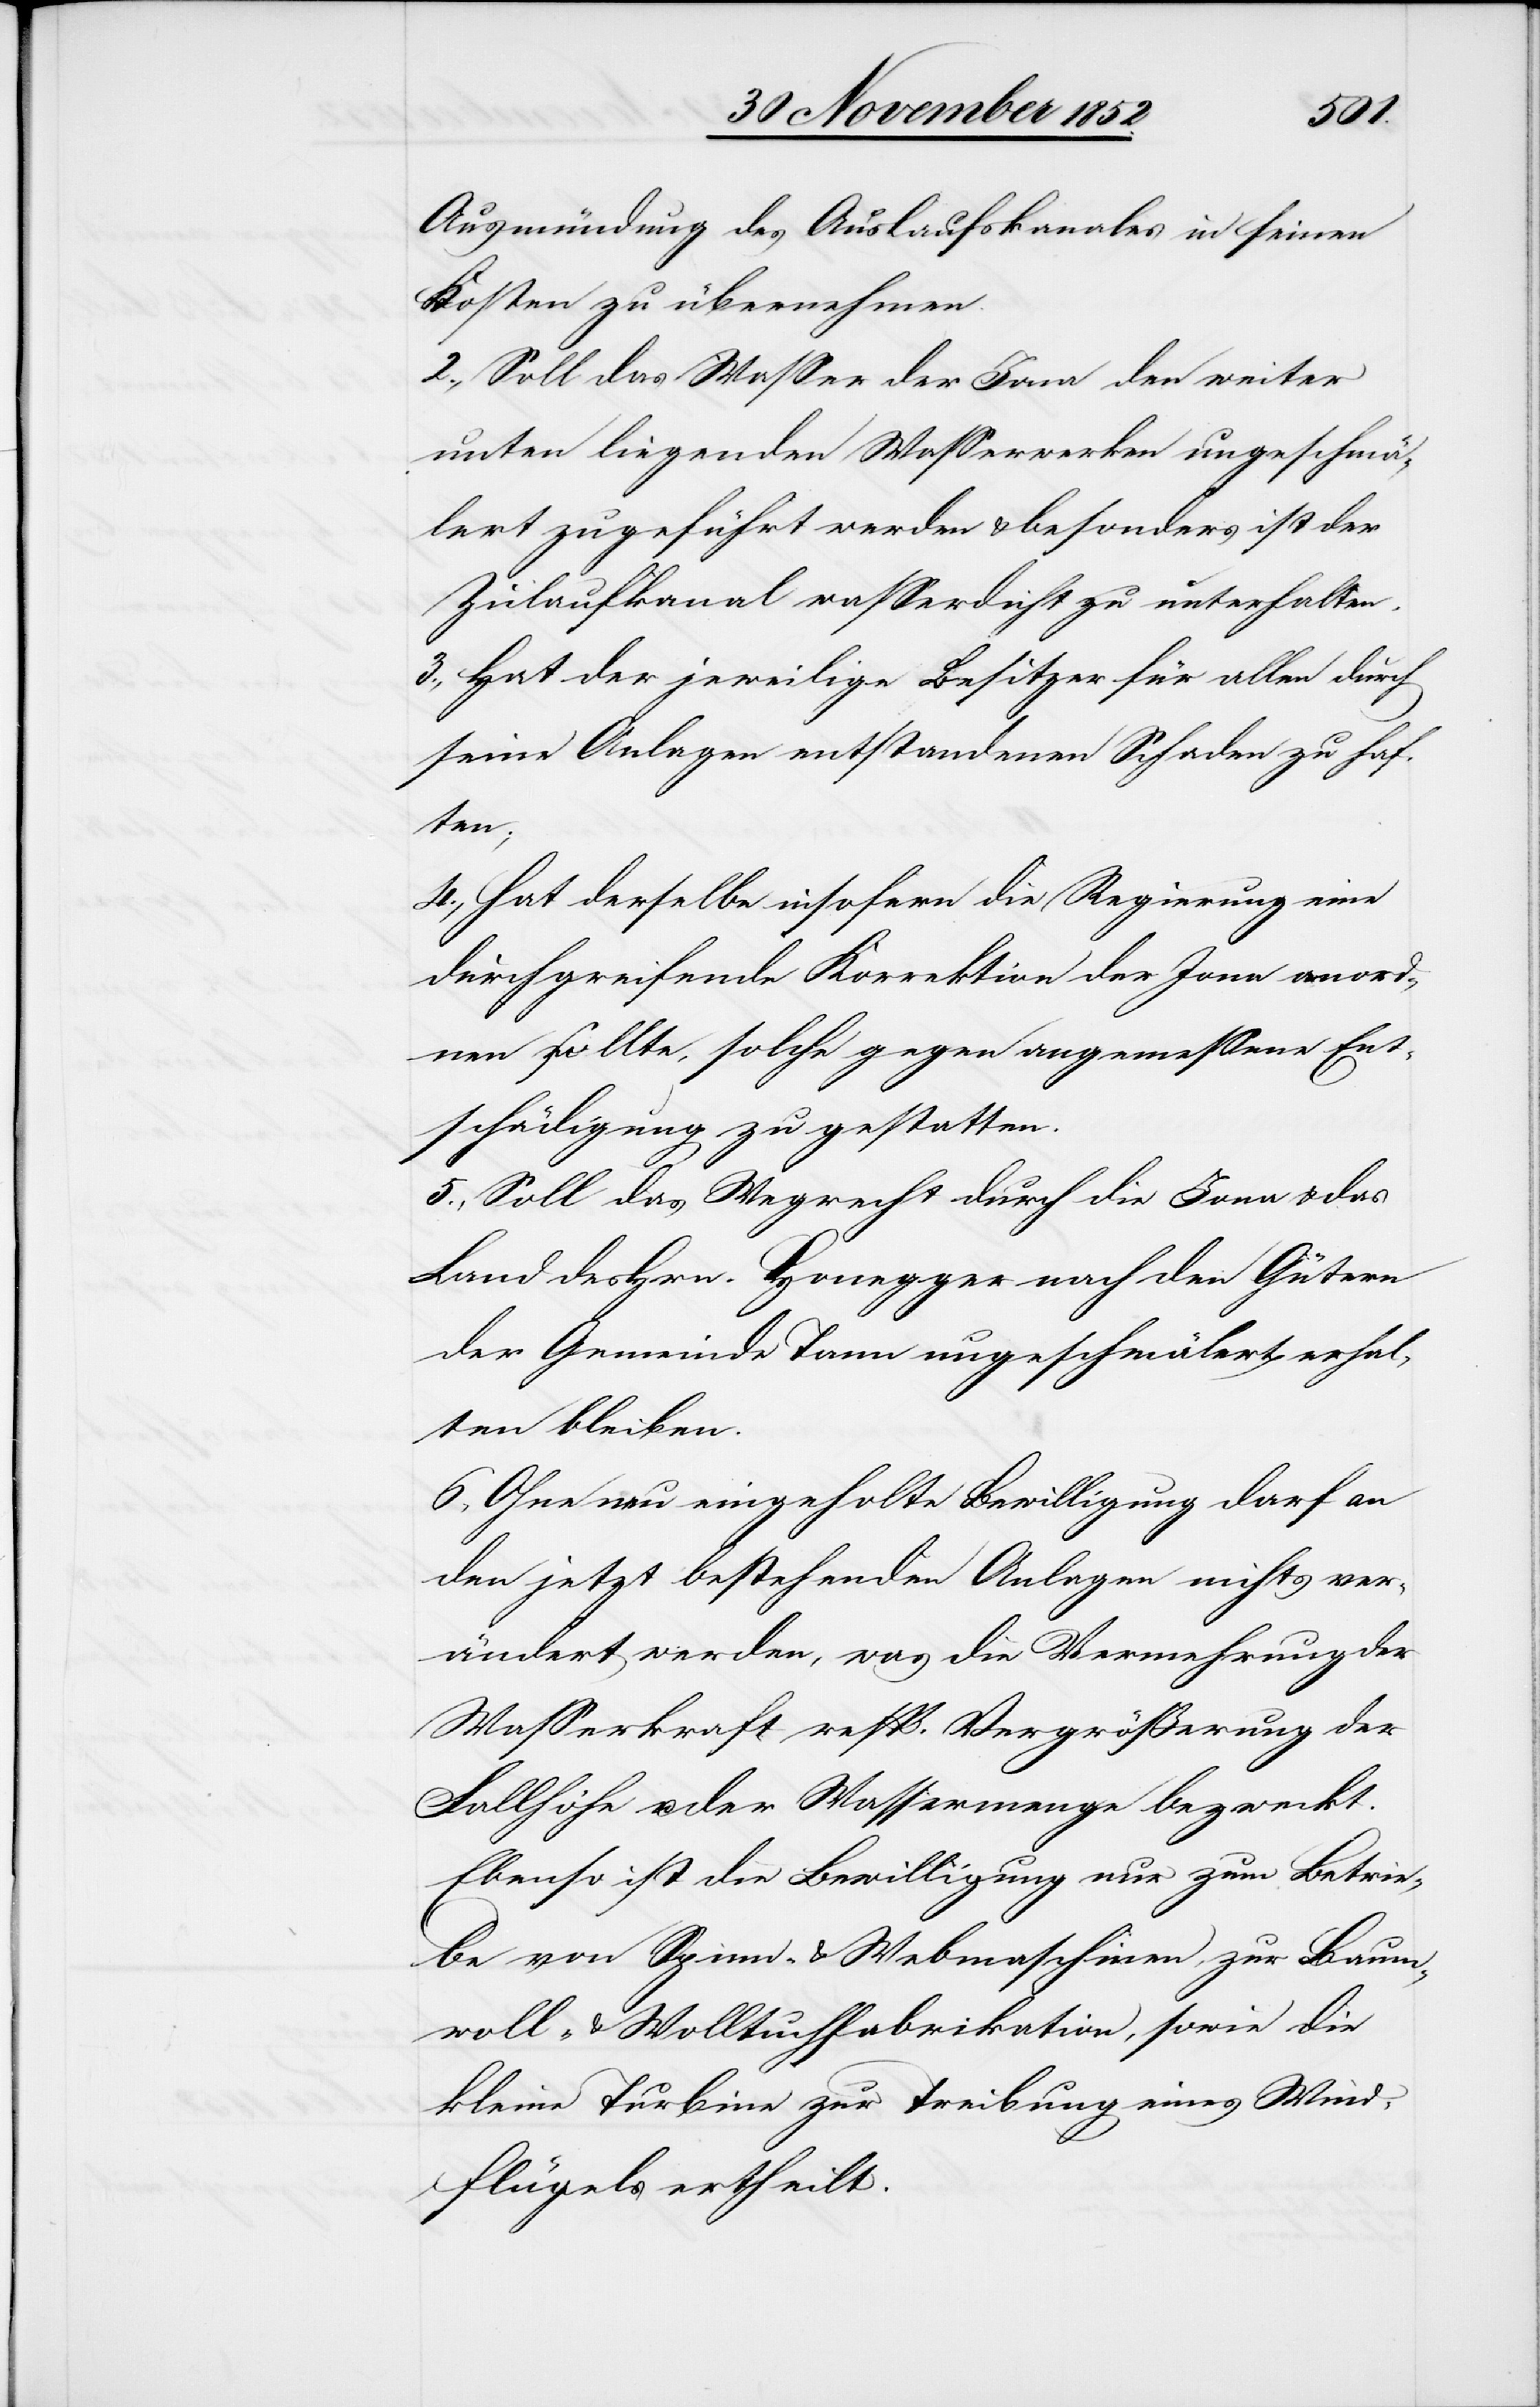
Ausmündung des Auslaufskanales in seinen
Kosten zu übernehmen.
2., Soll das Wasser der Jona den weiter
unten liegenden Wasserwerken ungeschmä¬
lert zugeführt werden & besonders ist der
Zulaufkanal wasserdicht zu unterhalten.
3., Hat der jeweilige Besitzer für allen durch
seine Anlagen entstandenen Schaden zu haf¬
ten;
4., Hat derselbe insofern die Regierung eine
durchgreifende Korrektion der Jona anord¬
nen sollte, solche gegen angemessene Ent¬
schädigung zu gestatten.
5., Soll das Wegrecht durch die Jona & das
Land des Hrn. Honegger nach den Gütern
der Gemeinde Tann ungeschmälert erhal¬
ten bleiben.
6., Ohne neu eingeholte Bewilligung darf an
den jetzt bestehenden Anlagen nichts ver¬
ändert werden, was die Vermehrung der
Wasserkraft resp. Vergrößerung der
Fallhöhe u. der Wassermenge bezweckt.
Ebenso ist die Bewilligung nur zum Betrie¬
be von Spinn- & Webmaschinen, zur Baum¬
woll- & Wolltuchfabrikation, sowie die
kleine Turbine zur Treibung eines Wind¬
flügels ertheilt.